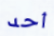
أحد